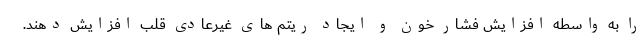
را به واسطه افزایش فشار خون و ایجاد ریتم های غیرعادی قلب افزایش دهند.